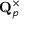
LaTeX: \mathbf { Q } _ { p } ^ { \times }